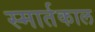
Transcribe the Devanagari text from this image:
स्मार्तकाल